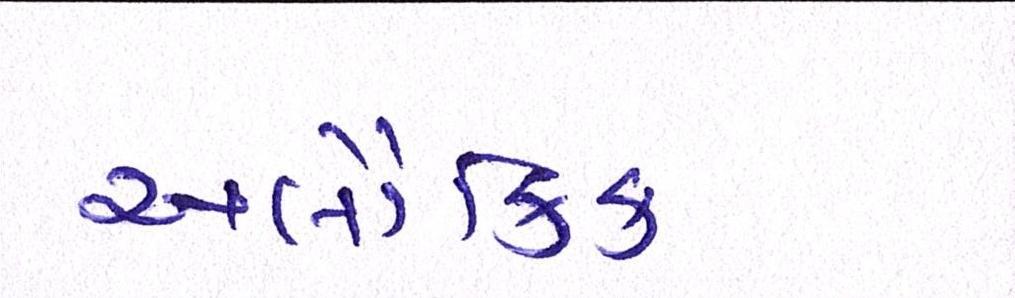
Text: અલૌકિક